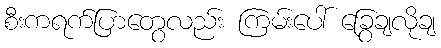
စီးကရက်ပြာတွေလည်း ကြမ်းပေါ် ခြွေချလိုချ